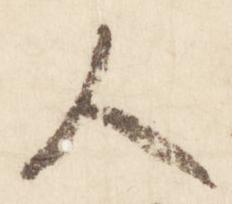
人